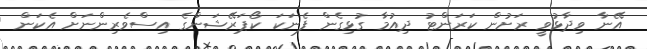
އޭނާ ވިދާޅުވީ ރަށުން ކަރަންޓު ދިއުމާ ގުޅިގެން ފެނަކަ ކޯޕަރޭޝަންގެ އިސްވެރިންނަށް އެކަން